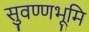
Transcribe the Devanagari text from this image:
सुवण्णभूमि